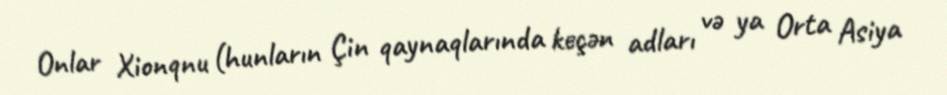
Onlar Xionqnu (hunların Çin qaynaqlarında keçən adları və ya Orta Asiya